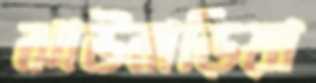
ঝাউবাড়িয়া